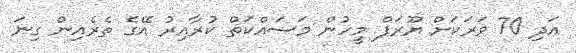
އަދި 70 ވަރަކަށް ޔޫރަޕް މީހުން މަސައްކަތް ކުރާއިރު އޭގެ ތެރެއިން ގިނަ